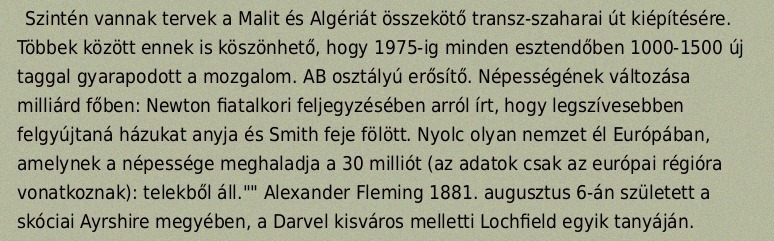
Szintén vannak tervek a Malit és Algériát összekötő transz-szaharai út kiépítésére. Többek között ennek is köszönhető, hogy 1975-ig minden esztendőben 1000-1500 új taggal gyarapodott a mozgalom. AB osztályú erősítő. Népességének változása milliárd főben: Newton fiatalkori feljegyzésében arról írt, hogy legszívesebben felgyújtaná házukat anyja és Smith feje fölött. Nyolc olyan nemzet él Európában, amelynek a népessége meghaladja a 30 milliót (az adatok csak az európai régióra vonatkoznak): telekből áll."" Alexander Fleming 1881. augusztus 6-án született a skóciai Ayrshire megyében, a Darvel kisváros melletti Lochfield egyik tanyáján.